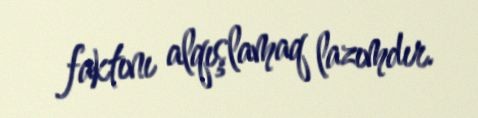
faktını alqışlamaq lazımdır.